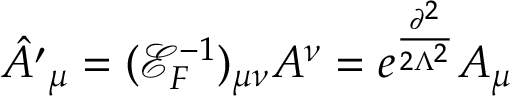
{ \hat { A ^ { \prime } } } _ { \mu } = ( { \mathcal { E } } _ { F } ^ { - 1 } ) _ { \mu \nu } A ^ { \nu } = e ^ { \frac { \partial ^ { 2 } } { 2 \Lambda ^ { 2 } } } A _ { \mu }